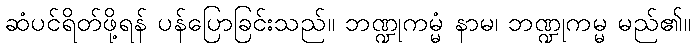
ဆံပင်ရိတ်ဖို့ရန် ပန်ပြောခြင်းသည်။ ဘဏ္ဍုကမ္မံ နာမ၊ ဘဏ္ဍုကမ္မ မည်၏။